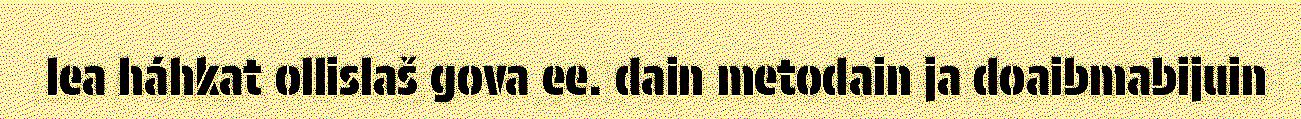
lea háhkat ollislaš gova ee. dain metodain ja doaibmabijuin